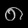
Digit: ၈